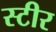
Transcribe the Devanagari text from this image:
स्टीर